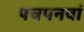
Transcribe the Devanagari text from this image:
पचपनवां